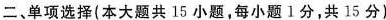
二、单项选择(本大题共 15 小题,每小题1分,共15分)